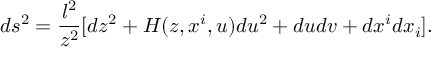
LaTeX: d s ^ { 2 } = { \frac { l ^ { 2 } } { z ^ { 2 } } } [ d z ^ { 2 } + H ( z , x ^ { i } , u ) d u ^ { 2 } + d u d v + d x ^ { i } d x _ { i } ] .